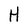
Character: H